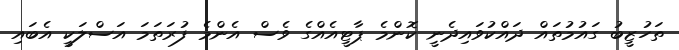
ތަހުޒީބު ގައުމުތައް ދައްކުވައިދެނީ ކޮންމެ ޕާޓީއެއްގެ ވެސް އެންމެ ފުރަތަމަ އަސްލަކީ އެބައި